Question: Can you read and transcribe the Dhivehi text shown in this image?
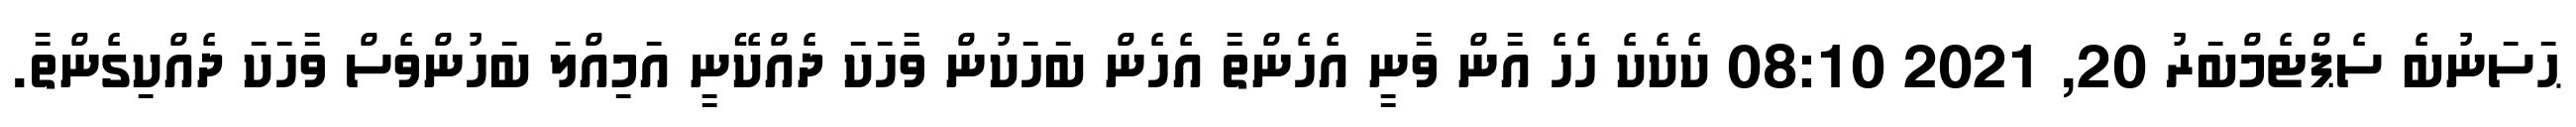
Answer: ޙަސަނުބެ ސެޕްޓެމްބަރު 20, 2021 08:10 ކެކެކެ ހެހެ އާން ވާނީ އެހެންތާ އެހެން ބަހަކުން ވަާހަކަ ދެއްކޭނީ އަމިއްލަ ބަހުންވެސް ވާހަކަ ދެއްކިގެންތާ.